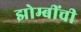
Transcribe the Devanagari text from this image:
झोम्बींची